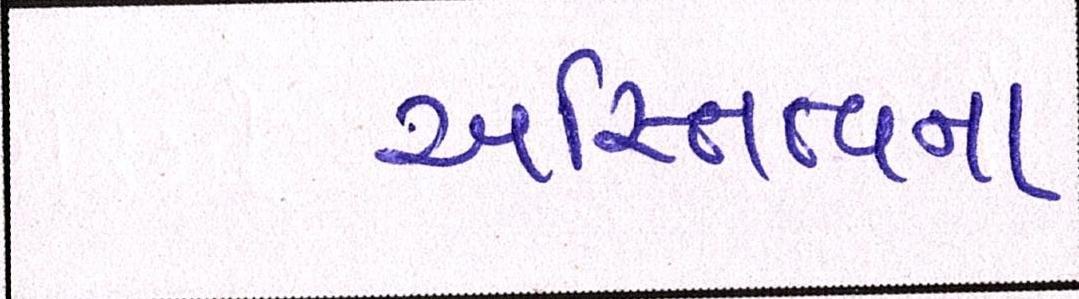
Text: અસ્તિત્વના